Annual statistical returns and brief notes on vaccination in Bengal - 1896-1909
Year: 1896
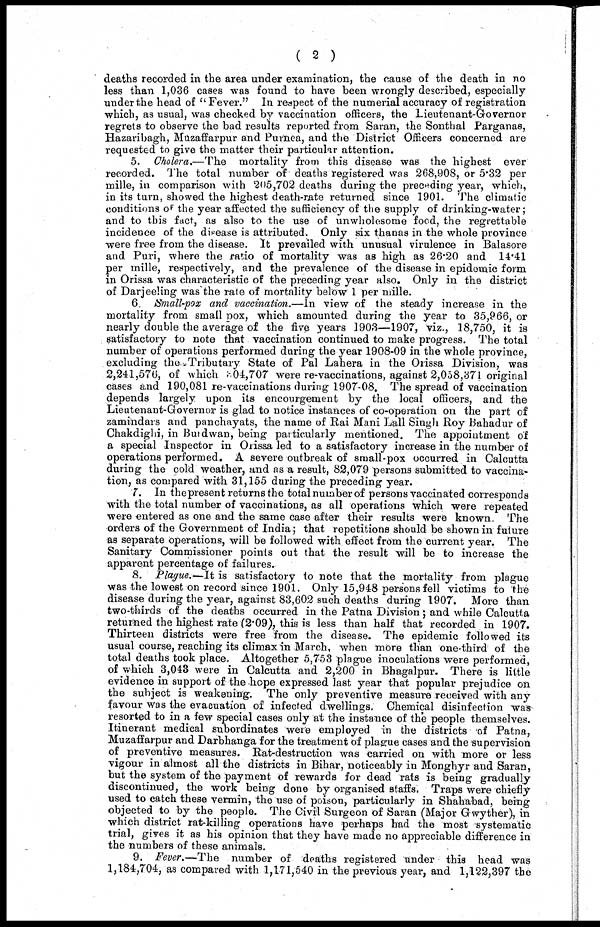
( 2 )
deaths recorded in the area under examination, the cause of the death in no
less than 1,036 cases was found to have been wrongly described, especially
under the head of ''Fever." In respect of the numerial accuracy of registration
which, as usual, was checked by vaccination officers, the Lieutenant-Governor
regrets to observe the bad results reported from Saran, the Sonthal Parganas,
Hazaribagh, Muzaffarpur and Purnea, and the District Officers concerned are
requested to give the matter their particular attention.
5. Cholera.—The mortality from this disease was the highest ever
recorded. The total number of deaths registered was 268,908, or 5.32 per
mille, in comparison with 205,702 deaths during the preceding year, which,
in its turn, showed the highest death-rate returned since 1901. The climatic
conditions of the year affected the sufficiency of the supply of drinking-water;
and to this fact, as also to the use of unwholesome food, the regrettable
incidence of the disease is attributed. Only six thanas in the whole province
were free from the disease. It prevailed with unusual virulence in Balasore
and Puri, where the ratio of mortality was as high as 26.20 and 14.41
per mille, respectively, and the prevalence of the disease in epidomic form
in Orissa was characteristic of the preceding year also. Only in the district
of Darjeeling was the rate of mortality below 1 per mille.
6. Small-pox and vaccination.—In view of the steady increase in the
mortality from small pox, which amounted during the year to 35,966, or
nearly double the average of the five years 1903—1907, viz., 18,750, it is
satisfactory to note that vaccination continued to make progress. The total
number of operations performed during the year 1908-09 in the whole province,
excluding the Tributary State of Pal Lahera in the Orissa Division, was
2,241,576, of which 04,707 were re-vaccinations, against 2,058,371 original
cases and 190,081 re-vaccinations during 1907-08. The spread of vaccination
depends largely upon its encourgement by the local officers, and the
Lieutenant-Governor is glad to notice instances of co-operation on the part of
zamindars and panchayats, the name of Rai Mani Lall Singh Roy Bahadur of
Chakdighi, in Burdwan, being particularly mentioned. The appointment of
a special -Inspector in Orissa led to a satisfactory increase in the number of
operations performed. A severe outbreak of small-pox occurred in Calcutta
during the cold weather, and as a result, 82,079 persons submitted to vaccina-
tion, as compared with 31,155 during the preceding year.
7. In thepresent returns the total number of persons vaccinated corresponds
with the total number of vaccinations, as all operations which were repeated
were entered as one and the same case after their results were known. The
orders of the Government of India; that repetitions should be shown in future
as separate operations, will be followed with effect from the current year. The
Sanitary Commissioner points out that the result will be to increase the
apparent percentage of failures.
8. Plague.—It is satisfactory to note that the mortality from plague
was the lowest on record since 1901. Only 15,948 persons fell victims to the
disease during the year, against 83,602 such deaths during 1907. More than
two-thirds of the deaths occurred in the Patna Division; and while Calcutta
returned the highest rate (2.09), this is less than half that recorded in 1907.
Thirteen districts were free from the disease. The epidemic followed its
usual course, reaching its climax in March, when more than one-third of the
total deaths took place. Altogether 5,753 plague inoculations were performed,
of which 3,043 were in Calcutta and 2,200 in Bhagalpur. There is little
evidence in support of the hope expressed last year that popular prejudice on
the subject is weakening. The only preventive measure received with any
favour was the evacuation of infected dwellings. Chemical disinfection was
resorted to in a few special cases only at the instance of the people themselves.
Itinerant medical subordinates were employed in the districts of Patna,
Muzaffarpur and Darbhanga for the treatment of plague cases and the supervision
of preventive measures. Rat-destruction was carried on with more or less
vigour in almost all the districts in Bihar, noticeably in Monghyr and Saran,
but the system of the payment of rewards for dead rats is being gradually
discontinued, the work being done by organised staffs. Traps were chiefly
used to catch these vermin, the use of poison, particularly in Shahabad, being
objected to by the people. The Civil Surgeon of Saran (Major Gwyther), in
which district rat-killing operations have perhaps had the most systematic
trial, gives it as his opinion that they have made no appreciable difference in
the numbers of these animals.
9. Fever.—The number of deaths registered under this head was
1,184,704, as compared with 1,171,540 in the previous year, and 1,122,397 the